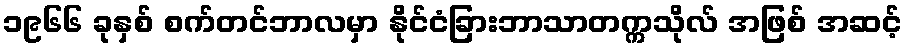
၁၉၆၆ ခုနှစ် စက်တင်ဘာလမှာ နိုင်ငံခြားဘာသာတက္ကသိုလ် အဖြစ် အဆင့်